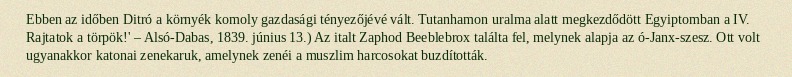
Ebben az időben Ditró a környék komoly gazdasági tényezőjévé vált. Tutanhamon uralma alatt megkezdődött Egyiptomban a IV. Rajtatok a törpök!' – Alsó-Dabas, 1839. június 13.) Az italt Zaphod Beeblebrox találta fel, melynek alapja az ó-Janx-szesz. Ott volt ugyanakkor katonai zenekaruk, amelynek zenéi a muszlim harcosokat buzdították.